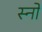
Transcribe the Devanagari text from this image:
स्‍नो